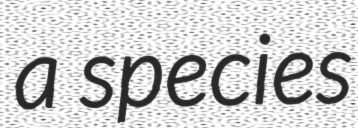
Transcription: a species